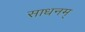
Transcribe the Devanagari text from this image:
साधनम्